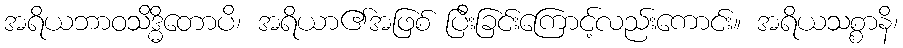
အရိယဘာဝသိဒ္ဓိတောပိ၊ အရိယာ၏အဖြစ် ပြီးခြင်းကြောင့်လည်းကောင်း။ အရိယသစ္စာနိ၊